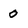
Character: 0